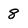
Character: 8